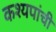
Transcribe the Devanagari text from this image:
कश्यपांची